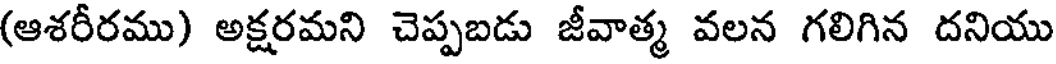
(ఆశరీరము) అక్షరమని చెప్పబడు జీవాత్మ వలన గలిగిన దనియు